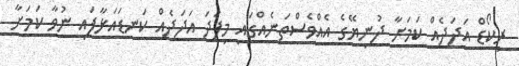
ރިކޯޑް އަދަދެއް ކަމަށާ ދުނިޔޭގެ އެއްވެސްތަނެއްގައި މިފަދަ އަދަދެއް ކަނޑައަޅާފައި ނުވާ ކަމަށާ